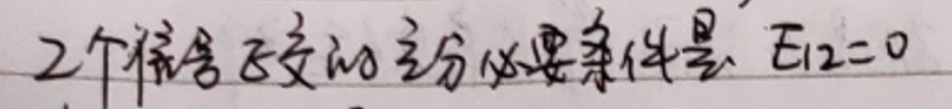
2个样本正交的充分必要条件是$E_{12}=0$